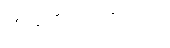
ကျရောက်လာပါက